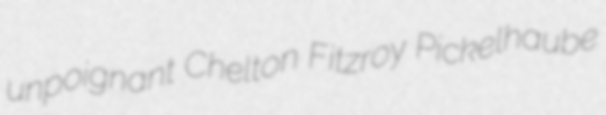
unpoignant Chelton Fitzroy Pickelhaube